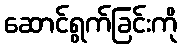
ဆောင်ရွက်ခြင်းကို